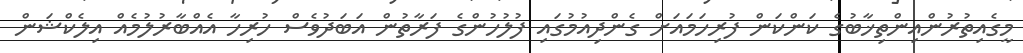
މީގެއިތުރުންއިންތިޚާބުގެ ކަންކަން ފުރިހަމައަށް ގެންދިއުމުގައި ފުލުހުންގެ ފަރާތުން އަބަދުވެސް ހުރިހާ އެއްބާރުލުމެއް އިލެކްޝަން